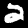
Label: 2